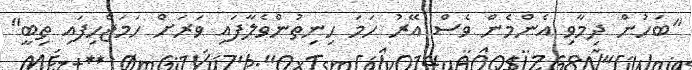
"ބަހުން ދިމާވި އެންމެން ވެސް އޭރު ހަމަ ހިނިތުންވެލާފައި ވަރަށް ހަމަޖެހިފައި ތިބީ"